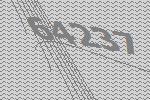
64237